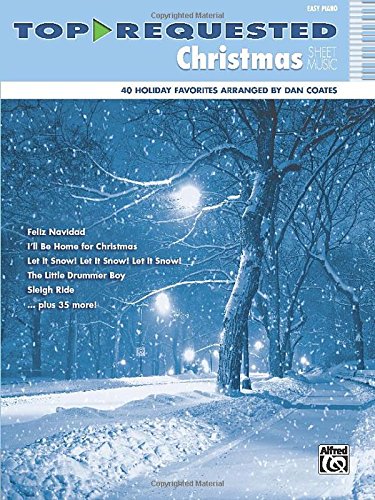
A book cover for Top-Requested Christmas Sheet Music: Easy Piano (Top-Requested Sheet Music); Dan Coates; Arts & Photography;